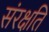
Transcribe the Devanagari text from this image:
संरक्षति